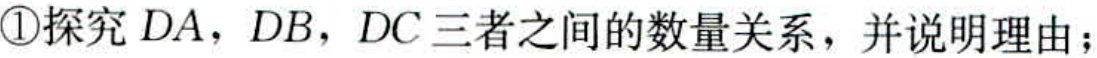
\textcircled{1}探究 \(DA\)，\(DB\)，\(DC\) 三者之间的数量关系，并说明理由；